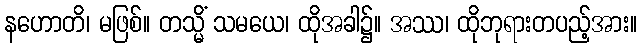
နဟောတိ၊ မဖြစ်။ တသ္မိံ သမယေ၊ ထိုအခါ၌။ အဿ၊ ထိုဘုရားတပည့်အား။